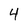
Character: 4